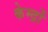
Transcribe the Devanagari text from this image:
केम्द्रों